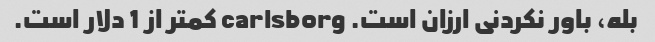
بله، باور نکردنی ارزان است. carlsborg کمتر از 1 دلار است.